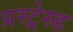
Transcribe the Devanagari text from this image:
प्रस्ट्रेस्ड